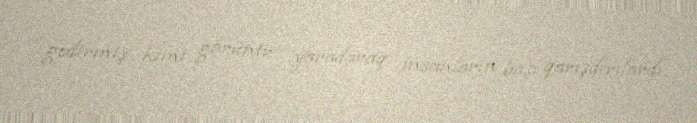
gedirmiş kimi görüntü yaradaraq insanların başı qarışdırılardı.